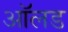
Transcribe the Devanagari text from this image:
आॅलड